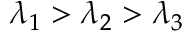
\lambda _ { 1 } > \lambda _ { 2 } > \lambda _ { 3 }